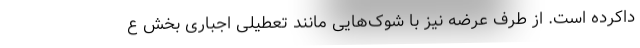
داکرده است. از طرف عرضه نیز با شوک‌هایی مانند تعطیلی اجباری بخش ع